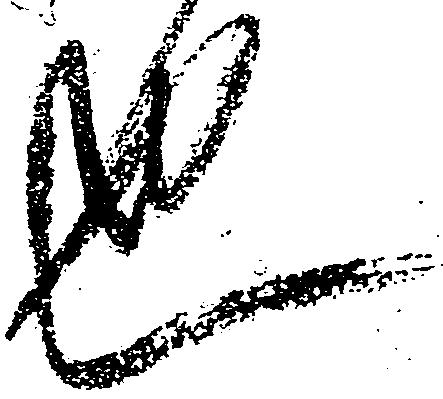
也